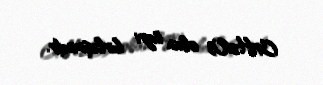
C4H2O3 olan üzvi birləşmədir.